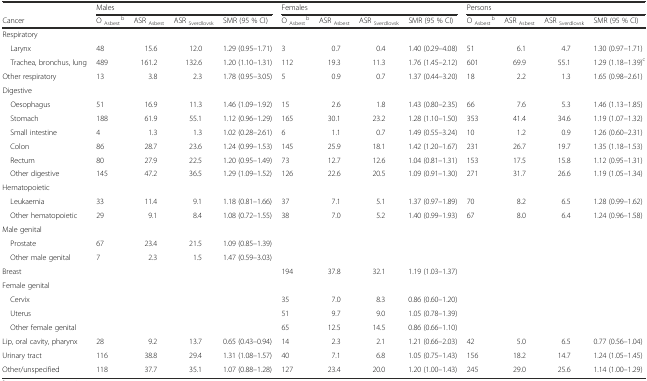
<table><thead><tr><td></td><td colspan="4"><b>Males</b></td><td colspan="4"><b>Females</b></td><td colspan="4"><b>Persons</b></td></tr><tr><td><b>Cancer</b></td><td><b>O <sub>Asbest</sub><sup>b</sup></b></td><td><b>ASR <sub>Asbest</sub></b></td><td><b>ASR <sub>Sverdlovsk</sub></b></td><td><b>SMR (95 % CI)</b></td><td><b>O <sub>Asbest</sub><sup>b</sup></b></td><td><b>ASR <sub>Asbest</sub></b></td><td><b>ASR <sub>Sverdlovsk</sub></b></td><td><b>SMR (95 % CI)</b></td><td><b>O <sub>Asbest</sub><sup>b</sup></b></td><td><b>ASR <sub>Asbest</sub></b></td><td><b>ASR <sub>Sverdlovsk</sub></b></td><td><b>SMR (95 % CI)</b></td></tr></thead><tbody><tr><td>Respiratory</td><td></td><td></td><td></td><td></td><td></td><td></td><td></td><td></td><td></td><td></td><td></td><td></td></tr><tr><td> Larynx</td><td>48</td><td>15.6</td><td>12.0</td><td>1.29 (0.95–1.71)</td><td>3</td><td>0.7</td><td>0.4</td><td>1.40 (0.29–4.08)</td><td>51</td><td>6.1</td><td>4.7</td><td>1.30 (0.97–1.71)</td></tr><tr><td> Trachea, bronchus, lung</td><td>489</td><td>161.2</td><td>132.6</td><td>1.20 (1.10–1.31)</td><td>112</td><td>19.3</td><td>11.3</td><td>1.76 (1.45–2.12)</td><td>601</td><td>69.9</td><td>55.1</td><td>1.29 (1.18–1.39)<sup>c</sup></td></tr><tr><td>Other respiratory</td><td>13</td><td>3.8</td><td>2.3</td><td>1.78 (0.95–3.05)</td><td>5</td><td>0.9</td><td>0.7</td><td>1.37 (0.44–3.20)</td><td>18</td><td>2.2</td><td>1.3</td><td>1.65 (0.98–2.61)</td></tr><tr><td>Digestive</td><td></td><td></td><td></td><td></td><td></td><td></td><td></td><td></td><td></td><td></td><td></td><td></td></tr><tr><td> Oesophagus</td><td>51</td><td>16.9</td><td>11.3</td><td>1.46 (1.09–1.92)</td><td>15</td><td>2.6</td><td>1.8</td><td>1.43 (0.80–2.35)</td><td>66</td><td>7.6</td><td>5.3</td><td>1.46 (1.13–1.85)</td></tr><tr><td> Stomach</td><td>188</td><td>61.9</td><td>55.1</td><td>1.12 (0.96–1.29)</td><td>165</td><td>30.1</td><td>23.2</td><td>1.28 (1.10–1.50)</td><td>353</td><td>41.4</td><td>34.6</td><td>1.19 (1.07–1.32)</td></tr><tr><td> Small intestine</td><td>4</td><td>1.3</td><td>1.3</td><td>1.02 (0.28–2.61)</td><td>6</td><td>1.1</td><td>0.7</td><td>1.49 (0.55–3.24)</td><td>10</td><td>1.2</td><td>0.9</td><td>1.26 (0.60–2.31)</td></tr><tr><td> Colon</td><td>86</td><td>28.7</td><td>23.6</td><td>1.24 (0.99–1.53)</td><td>145</td><td>25.9</td><td>18.1</td><td>1.42 (1.20–1.67)</td><td>231</td><td>26.7</td><td>19.7</td><td>1.35 (1.18–1.53)</td></tr><tr><td> Rectum</td><td>80</td><td>27.9</td><td>22.5</td><td>1.20 (0.95–1.49)</td><td>73</td><td>12.7</td><td>12.6</td><td>1.04 (0.81–1.31)</td><td>153</td><td>17.5</td><td>15.8</td><td>1.12 (0.95–1.31)</td></tr><tr><td> Other digestive</td><td>145</td><td>47.2</td><td>36.5</td><td>1.29 (1.09–1.52)</td><td>126</td><td>22.6</td><td>20.5</td><td>1.09 (0.91–1.30)</td><td>271</td><td>31.7</td><td>26.6</td><td>1.19 (1.05–1.34)</td></tr><tr><td>Hematopoietic</td><td></td><td></td><td></td><td></td><td></td><td></td><td></td><td></td><td></td><td></td><td></td><td></td></tr><tr><td> Leukaemia</td><td>33</td><td>11.4</td><td>9.1</td><td>1.18 (0.81–1.66)</td><td>37</td><td>7.1</td><td>5.1</td><td>1.37 (0.97–1.89)</td><td>70</td><td>8.2</td><td>6.5</td><td>1.28 (0.99–1.62)</td></tr><tr><td> Other hematopoietic</td><td>29</td><td>9.1</td><td>8.4</td><td>1.08 (0.72–1.55)</td><td>38</td><td>7.0</td><td>5.2</td><td>1.40 (0.99–1.93)</td><td>67</td><td>8.0</td><td>6.4</td><td>1.24 (0.96–1.58)</td></tr><tr><td>Male genital</td><td></td><td></td><td></td><td></td><td></td><td></td><td></td><td></td><td></td><td></td><td></td><td></td></tr><tr><td> Prostate</td><td>67</td><td>23.4</td><td>21.5</td><td>1.09 (0.85–1.39)</td><td></td><td></td><td></td><td></td><td></td><td></td><td></td><td></td></tr><tr><td> Other male genital</td><td>7</td><td>2.3</td><td>1.5</td><td>1.47 (0.59–3.03)</td><td></td><td></td><td></td><td></td><td></td><td></td><td></td><td></td></tr><tr><td>Breast</td><td></td><td></td><td></td><td></td><td>194</td><td>37.8</td><td>32.1</td><td>1.19 (1.03–1.37)</td><td></td><td></td><td></td><td></td></tr><tr><td>Female genital</td><td></td><td></td><td></td><td></td><td></td><td></td><td></td><td></td><td></td><td></td><td></td><td></td></tr><tr><td> Cervix</td><td></td><td></td><td></td><td></td><td>35</td><td>7.0</td><td>8.3</td><td>0.86 (0.60–1.20)</td><td></td><td></td><td></td><td></td></tr><tr><td> Uterus</td><td></td><td></td><td></td><td></td><td>51</td><td>9.7</td><td>9.0</td><td>1.05 (0.78–1.39)</td><td></td><td></td><td></td><td></td></tr><tr><td> Other female genital</td><td></td><td></td><td></td><td></td><td>65</td><td>12.5</td><td>14.5</td><td>0.86 (0.66–1.10)</td><td></td><td></td><td></td><td></td></tr><tr><td>Lip, oral cavity, pharynx</td><td>28</td><td>9.2</td><td>13.7</td><td>0.65 (0.43–0.94)</td><td>14</td><td>2.3</td><td>2.1</td><td>1.21 (0.66–2.03)</td><td>42</td><td>5.0</td><td>6.5</td><td>0.77 (0.56–1.04)</td></tr><tr><td>Urinary tract</td><td>116</td><td>38.8</td><td>29.4</td><td>1.31 (1.08–1.57)</td><td>40</td><td>7.1</td><td>6.8</td><td>1.05 (0.75–1.43)</td><td>156</td><td>18.2</td><td>14.7</td><td>1.24 (1.05–1.45)</td></tr><tr><td>Other/unspecified</td><td>118</td><td>37.7</td><td>35.1</td><td>1.07 (0.88–1.28)</td><td>127</td><td>23.4</td><td>20.0</td><td>1.20 (1.00–1.43)</td><td>245</td><td>29.0</td><td>25.6</td><td>1.14 (1.00–1.29)</td></tr></tbody></table>